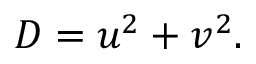
D = u ^ { 2 } + v ^ { 2 } .